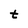
Character: t